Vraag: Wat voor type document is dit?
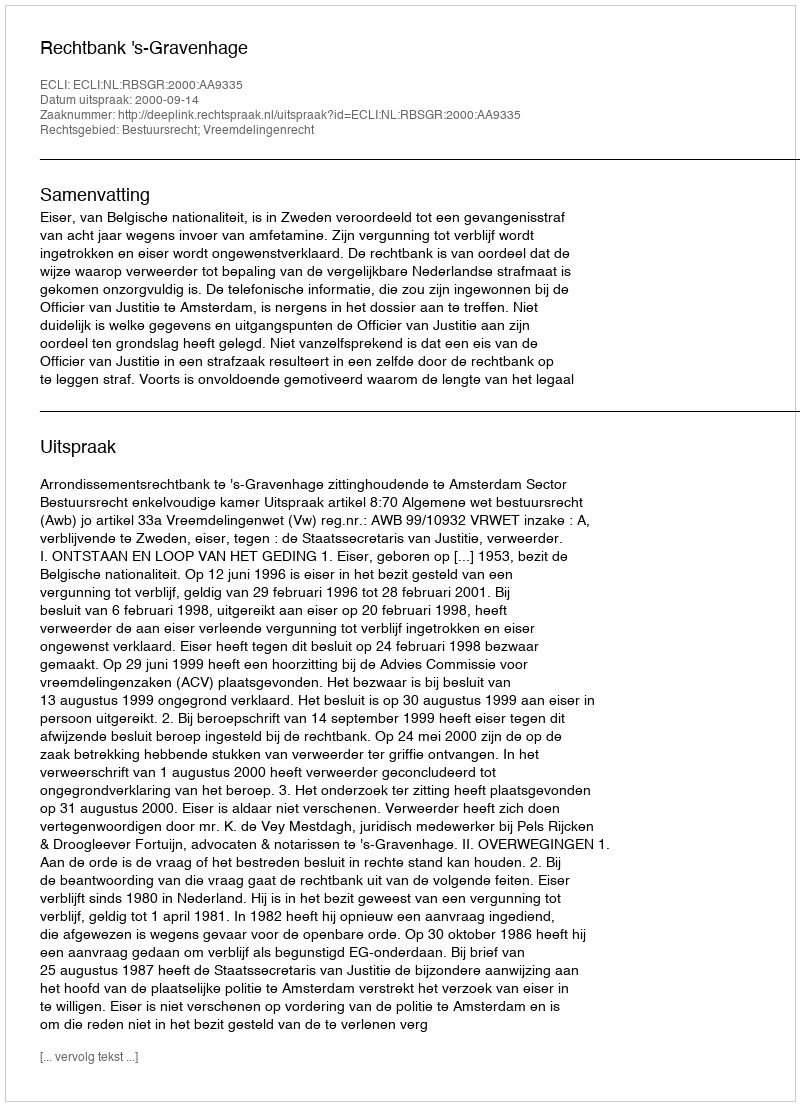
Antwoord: Uitspraak